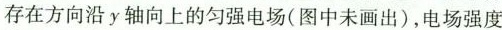
存在方向沿y轴向上的匀强电场(图中未画出)，电场强度